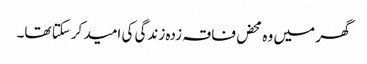
گھر میں وہ محض فاقہ زدہ زندگی کی امید کرسکتا تھا۔